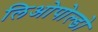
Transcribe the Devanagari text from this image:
लिओपोल्डो